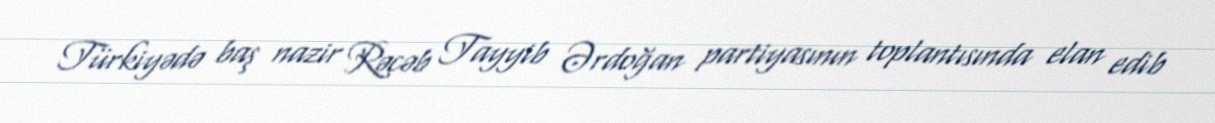
Türkiyədə baş nazir Rəcəb Tayyib Ərdoğan partiyasının toplantısında elan edib